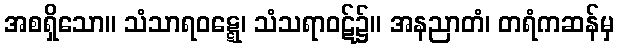
အစရှိသော။ သံသာရဝဋ္ဋေ၊ သံသရာဝဋ်၌။ အနညာတံ၊ တရံကဆန်မှ